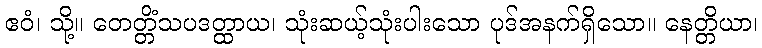
ဧဝံ၊ သို့။ တေတ္တိံသပဒတ္ထာယ၊ သုံးဆယ့်သုံးပါးသော ပုဒ်အနက်ရှိသော။ နေတ္တိယာ၊